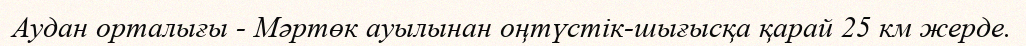
Аудан орталығы - Мәртөк ауылынан оңтүстік-шығысқа қарай 25 км жерде.